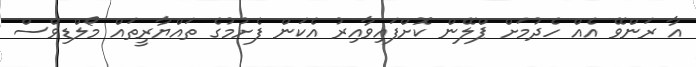
އާ ރަންވޭ އެއް ހެދުމަށް ޕްލޭން ކޮށްފައިވާއިރު އެކަން ފެށުމުގެ ތައްޔާރީތައް މޯލްޑިވްސް